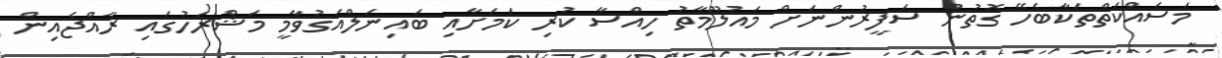
މަސައްކަތްތަކާބެހޭ ގޮތުން ސަފީރުންނަށް މައުލޫމާތު ހިއްސާ ކުރި ކަމަށާއި ބައިނަލްއަގުވާމީ މަޝްރަހުގައި ރާއްޖެއިން